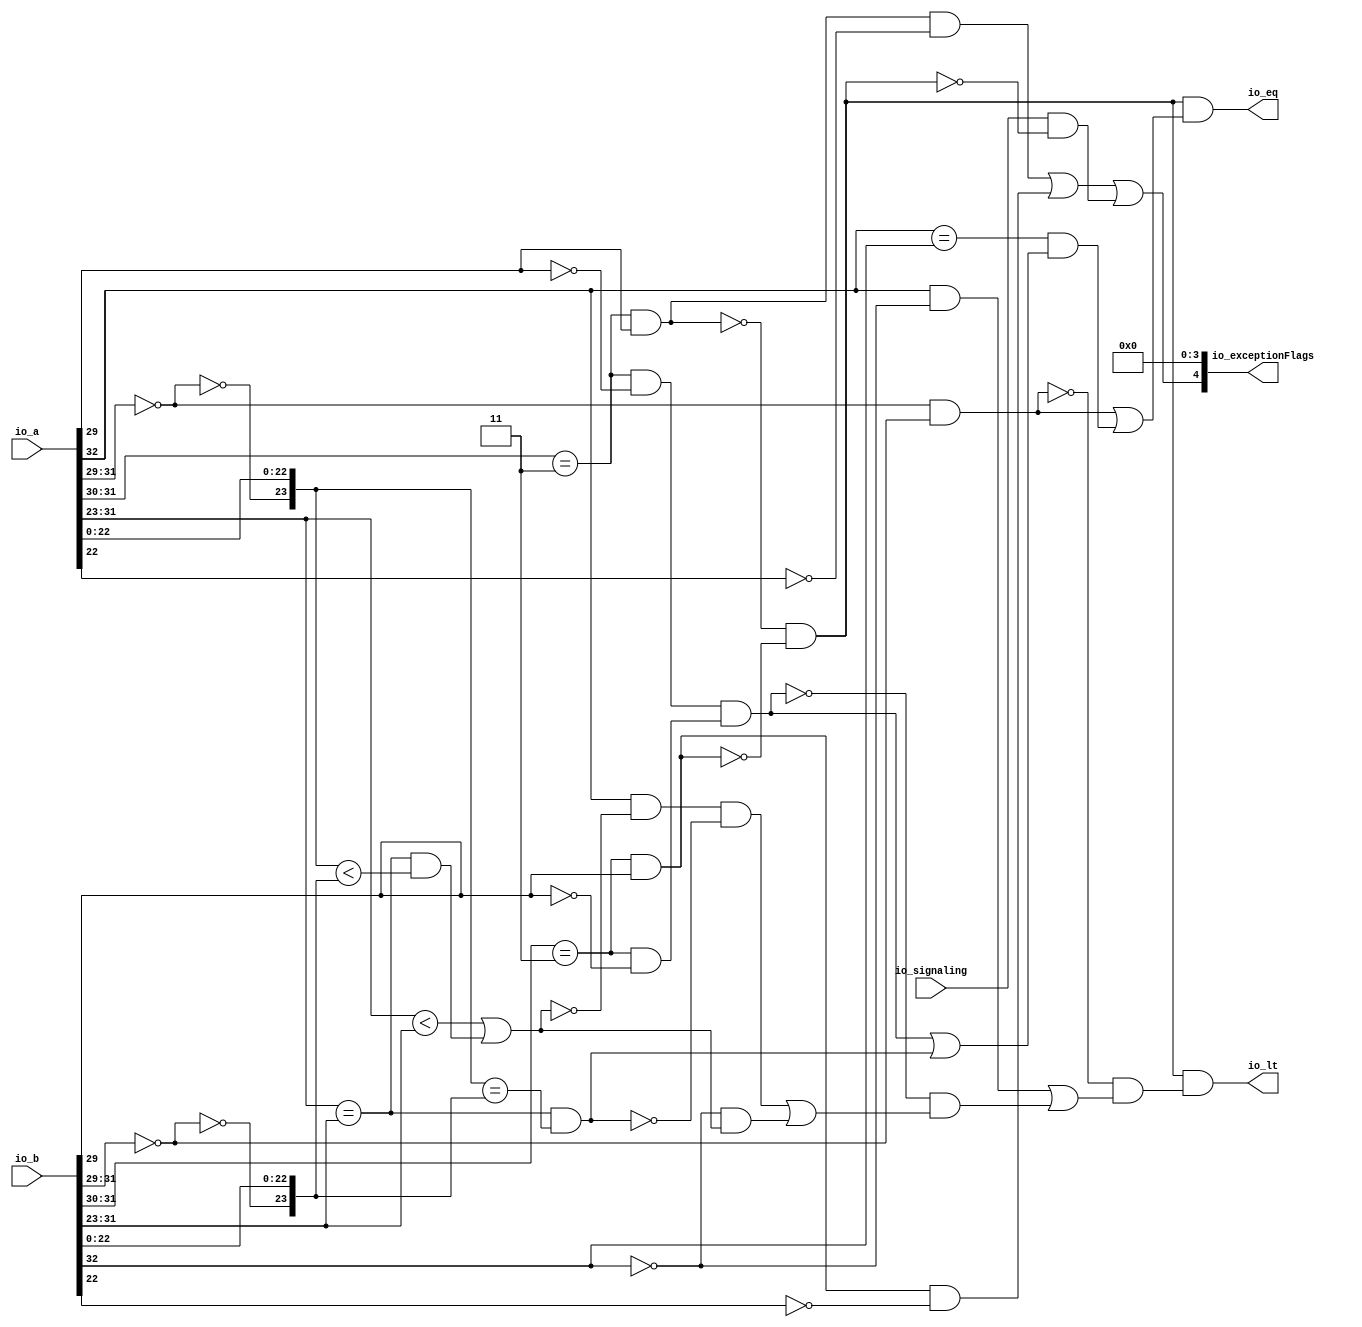
// Copyright (c) 2019, Microchip Corporation
// All rights reserved.
//
// Redistribution and use in source and binary forms, with or without
// modification, are permitted provided that the following conditions are met:
//     * Redistributions of source code must retain the above copyright
//       notice, this list of conditions and the following disclaimer.
//     * Redistributions in binary form must reproduce the above copyright
//       notice, this list of conditions and the following disclaimer in the
//       documentation and/or other materials provided with the distribution.
//     * Neither the name of the <organization> nor the
//       names of its contributors may be used to endorse or promote products
//       derived from this software without specific prior written permission.
//
// THIS SOFTWARE IS PROVIDED BY THE COPYRIGHT HOLDERS AND CONTRIBUTORS "AS IS" AND
// ANY EXPRESS OR IMPLIED WARRANTIES, INCLUDING, BUT NOT LIMITED TO, THE IMPLIED
// WARRANTIES OF MERCHANTABILITY AND FITNESS FOR A PARTICULAR PURPOSE ARE
// DISCLAIMED. IN NO EVENT SHALL MICROSEMI CORPORATIONM BE LIABLE FOR ANY
// DIRECT, INDIRECT, INCIDENTAL, SPECIAL, EXEMPLARY, OR CONSEQUENTIAL DAMAGES
// (INCLUDING, BUT NOT LIMITED TO, PROCUREMENT OF SUBSTITUTE GOODS OR SERVICES;
// LOSS OF USE, DATA, OR PROFITS; OR BUSINESS INTERRUPTION) HOWEVER CAUSED AND
// ON ANY THEORY OF LIABILITY, WHETHER IN CONTRACT, STRICT LIABILITY, OR TORT
// (INCLUDING NEGLIGENCE OR OTHERWISE) ARISING IN ANY WAY OUT OF THE USE OF THIS
// SOFTWARE, EVEN IF ADVISED OF THE POSSIBILITY OF SUCH DAMAGE.
//
// APACHE LICENSE
// Copyright (c) 2019, Microchip Corporation 
//
// Licensed under the Apache License, Version 2.0 (the "License");
// you may not use this file except in compliance with the License.
// You may obtain a copy of the License at
//
//    http://www.apache.org/licenses/LICENSE-2.0
//
// Unless required by applicable law or agreed to in writing, software
// distributed under the License is distributed on an "AS IS" BASIS,
// WITHOUT WARRANTIES OR CONDITIONS OF ANY KIND, either express or implied.
// See the License for the specific language governing permissions and
// limitations under the License.
//
// Description:
//
// SVN Revision Information:
// SVN $Revision: $
// SVN $Date: $
//
// Resolved SARs
// SAR      Date     Who   Description
//
// Notes:
//
// ****************************************************************************/
`ifndef RANDOMIZE_REG_INIT 
	 `define RANDOMIZE_REG_INIT 
 `endif
`ifndef RANDOMIZE_MEM_INIT 
	 `define RANDOMIZE_MEM_INIT 
 `endif
`ifndef RANDOMIZE 
	 `define RANDOMIZE 
`endif

`timescale 1ns/10ps
module MIV_RV32IMAF_L1_AHB_C0_MIV_RV32IMAF_L1_AHB_C0_0_MIV_RV32IMAF_L1_AHB_COMPARE_REC_FN( // @[:freechips.rocketchip.system.MivRV32ImafL1AhbConfig.fir@107961.2]
  input  [32:0] io_a, // @[:freechips.rocketchip.system.MivRV32ImafL1AhbConfig.fir@107964.4]
  input  [32:0] io_b, // @[:freechips.rocketchip.system.MivRV32ImafL1AhbConfig.fir@107964.4]
  input         io_signaling, // @[:freechips.rocketchip.system.MivRV32ImafL1AhbConfig.fir@107964.4]
  output        io_lt, // @[:freechips.rocketchip.system.MivRV32ImafL1AhbConfig.fir@107964.4]
  output        io_eq, // @[:freechips.rocketchip.system.MivRV32ImafL1AhbConfig.fir@107964.4]
  output [4:0]  io_exceptionFlags // @[:freechips.rocketchip.system.MivRV32ImafL1AhbConfig.fir@107964.4]
);
  wire [8:0] _T_9; // @[rawFloatFromRecFN.scala 50:21:freechips.rocketchip.system.MivRV32ImafL1AhbConfig.fir@107969.4]
  wire [2:0] _T_10; // @[rawFloatFromRecFN.scala 51:29:freechips.rocketchip.system.MivRV32ImafL1AhbConfig.fir@107970.4]
  wire  rawA_isZero; // @[rawFloatFromRecFN.scala 51:54:freechips.rocketchip.system.MivRV32ImafL1AhbConfig.fir@107971.4]
  wire [1:0] _T_13; // @[rawFloatFromRecFN.scala 52:29:freechips.rocketchip.system.MivRV32ImafL1AhbConfig.fir@107972.4]
  wire  _T_15; // @[rawFloatFromRecFN.scala 52:54:freechips.rocketchip.system.MivRV32ImafL1AhbConfig.fir@107973.4]
  wire  _T_17; // @[rawFloatFromRecFN.scala 55:41:freechips.rocketchip.system.MivRV32ImafL1AhbConfig.fir@107976.4]
  wire  rawA_isNaN; // @[rawFloatFromRecFN.scala 55:33:freechips.rocketchip.system.MivRV32ImafL1AhbConfig.fir@107977.4]
  wire  _T_21; // @[rawFloatFromRecFN.scala 56:36:freechips.rocketchip.system.MivRV32ImafL1AhbConfig.fir@107980.4]
  wire  rawA_isInf; // @[rawFloatFromRecFN.scala 56:33:freechips.rocketchip.system.MivRV32ImafL1AhbConfig.fir@107981.4]
  wire  rawA_sign; // @[rawFloatFromRecFN.scala 58:25:freechips.rocketchip.system.MivRV32ImafL1AhbConfig.fir@107984.4]
  wire [9:0] rawA_sExp; // @[rawFloatFromRecFN.scala 59:27:freechips.rocketchip.system.MivRV32ImafL1AhbConfig.fir@107986.4]
  wire  _T_27; // @[rawFloatFromRecFN.scala 60:39:freechips.rocketchip.system.MivRV32ImafL1AhbConfig.fir@107988.4]
  wire [22:0] _T_28; // @[rawFloatFromRecFN.scala 60:51:freechips.rocketchip.system.MivRV32ImafL1AhbConfig.fir@107989.4]
  wire [1:0] _T_29; // @[Cat.scala 30:58:freechips.rocketchip.system.MivRV32ImafL1AhbConfig.fir@107990.4]
  wire [24:0] rawA_sig; // @[Cat.scala 30:58:freechips.rocketchip.system.MivRV32ImafL1AhbConfig.fir@107991.4]
  wire [8:0] _T_31; // @[rawFloatFromRecFN.scala 50:21:freechips.rocketchip.system.MivRV32ImafL1AhbConfig.fir@107993.4]
  wire [2:0] _T_32; // @[rawFloatFromRecFN.scala 51:29:freechips.rocketchip.system.MivRV32ImafL1AhbConfig.fir@107994.4]
  wire  rawB_isZero; // @[rawFloatFromRecFN.scala 51:54:freechips.rocketchip.system.MivRV32ImafL1AhbConfig.fir@107995.4]
  wire [1:0] _T_35; // @[rawFloatFromRecFN.scala 52:29:freechips.rocketchip.system.MivRV32ImafL1AhbConfig.fir@107996.4]
  wire  _T_37; // @[rawFloatFromRecFN.scala 52:54:freechips.rocketchip.system.MivRV32ImafL1AhbConfig.fir@107997.4]
  wire  _T_39; // @[rawFloatFromRecFN.scala 55:41:freechips.rocketchip.system.MivRV32ImafL1AhbConfig.fir@108000.4]
  wire  rawB_isNaN; // @[rawFloatFromRecFN.scala 55:33:freechips.rocketchip.system.MivRV32ImafL1AhbConfig.fir@108001.4]
  wire  _T_43; // @[rawFloatFromRecFN.scala 56:36:freechips.rocketchip.system.MivRV32ImafL1AhbConfig.fir@108004.4]
  wire  rawB_isInf; // @[rawFloatFromRecFN.scala 56:33:freechips.rocketchip.system.MivRV32ImafL1AhbConfig.fir@108005.4]
  wire  rawB_sign; // @[rawFloatFromRecFN.scala 58:25:freechips.rocketchip.system.MivRV32ImafL1AhbConfig.fir@108008.4]
  wire [9:0] rawB_sExp; // @[rawFloatFromRecFN.scala 59:27:freechips.rocketchip.system.MivRV32ImafL1AhbConfig.fir@108010.4]
  wire  _T_49; // @[rawFloatFromRecFN.scala 60:39:freechips.rocketchip.system.MivRV32ImafL1AhbConfig.fir@108012.4]
  wire [22:0] _T_50; // @[rawFloatFromRecFN.scala 60:51:freechips.rocketchip.system.MivRV32ImafL1AhbConfig.fir@108013.4]
  wire [1:0] _T_51; // @[Cat.scala 30:58:freechips.rocketchip.system.MivRV32ImafL1AhbConfig.fir@108014.4]
  wire [24:0] rawB_sig; // @[Cat.scala 30:58:freechips.rocketchip.system.MivRV32ImafL1AhbConfig.fir@108015.4]
  wire  _T_54; // @[CompareRecFN.scala 57:19:freechips.rocketchip.system.MivRV32ImafL1AhbConfig.fir@108017.4]
  wire  _T_56; // @[CompareRecFN.scala 57:35:freechips.rocketchip.system.MivRV32ImafL1AhbConfig.fir@108018.4]
  wire  ordered; // @[CompareRecFN.scala 57:32:freechips.rocketchip.system.MivRV32ImafL1AhbConfig.fir@108019.4]
  wire  bothInfs; // @[CompareRecFN.scala 58:33:freechips.rocketchip.system.MivRV32ImafL1AhbConfig.fir@108020.4]
  wire  bothZeros; // @[CompareRecFN.scala 59:33:freechips.rocketchip.system.MivRV32ImafL1AhbConfig.fir@108021.4]
  wire  eqExps; // @[CompareRecFN.scala 60:29:freechips.rocketchip.system.MivRV32ImafL1AhbConfig.fir@108022.4]
  wire  _T_57; // @[CompareRecFN.scala 62:20:freechips.rocketchip.system.MivRV32ImafL1AhbConfig.fir@108023.4]
  wire  _T_58; // @[CompareRecFN.scala 62:57:freechips.rocketchip.system.MivRV32ImafL1AhbConfig.fir@108024.4]
  wire  _T_59; // @[CompareRecFN.scala 62:44:freechips.rocketchip.system.MivRV32ImafL1AhbConfig.fir@108025.4]
  wire  common_ltMags; // @[CompareRecFN.scala 62:33:freechips.rocketchip.system.MivRV32ImafL1AhbConfig.fir@108026.4]
  wire  _T_60; // @[CompareRecFN.scala 63:45:freechips.rocketchip.system.MivRV32ImafL1AhbConfig.fir@108027.4]
  wire  common_eqMags; // @[CompareRecFN.scala 63:32:freechips.rocketchip.system.MivRV32ImafL1AhbConfig.fir@108028.4]
  wire  _T_62; // @[CompareRecFN.scala 66:9:freechips.rocketchip.system.MivRV32ImafL1AhbConfig.fir@108029.4]
  wire  _T_64; // @[CompareRecFN.scala 67:28:freechips.rocketchip.system.MivRV32ImafL1AhbConfig.fir@108030.4]
  wire  _T_65; // @[CompareRecFN.scala 67:25:freechips.rocketchip.system.MivRV32ImafL1AhbConfig.fir@108031.4]
  wire  _T_67; // @[CompareRecFN.scala 68:19:freechips.rocketchip.system.MivRV32ImafL1AhbConfig.fir@108032.4]
  wire  _T_69; // @[CompareRecFN.scala 69:38:freechips.rocketchip.system.MivRV32ImafL1AhbConfig.fir@108033.4]
  wire  _T_70; // @[CompareRecFN.scala 69:35:freechips.rocketchip.system.MivRV32ImafL1AhbConfig.fir@108034.4]
  wire  _T_72; // @[CompareRecFN.scala 69:57:freechips.rocketchip.system.MivRV32ImafL1AhbConfig.fir@108035.4]
  wire  _T_73; // @[CompareRecFN.scala 69:54:freechips.rocketchip.system.MivRV32ImafL1AhbConfig.fir@108036.4]
  wire  _T_76; // @[CompareRecFN.scala 70:41:freechips.rocketchip.system.MivRV32ImafL1AhbConfig.fir@108038.4]
  wire  _T_77; // @[CompareRecFN.scala 69:74:freechips.rocketchip.system.MivRV32ImafL1AhbConfig.fir@108039.4]
  wire  _T_78; // @[CompareRecFN.scala 68:30:freechips.rocketchip.system.MivRV32ImafL1AhbConfig.fir@108040.4]
  wire  _T_79; // @[CompareRecFN.scala 67:41:freechips.rocketchip.system.MivRV32ImafL1AhbConfig.fir@108041.4]
  wire  ordered_lt; // @[CompareRecFN.scala 66:21:freechips.rocketchip.system.MivRV32ImafL1AhbConfig.fir@108042.4]
  wire  _T_80; // @[CompareRecFN.scala 72:34:freechips.rocketchip.system.MivRV32ImafL1AhbConfig.fir@108043.4]
  wire  _T_81; // @[CompareRecFN.scala 72:62:freechips.rocketchip.system.MivRV32ImafL1AhbConfig.fir@108044.4]
  wire  _T_82; // @[CompareRecFN.scala 72:49:freechips.rocketchip.system.MivRV32ImafL1AhbConfig.fir@108045.4]
  wire  ordered_eq; // @[CompareRecFN.scala 72:19:freechips.rocketchip.system.MivRV32ImafL1AhbConfig.fir@108046.4]
  wire  _T_83; // @[common.scala 81:57:freechips.rocketchip.system.MivRV32ImafL1AhbConfig.fir@108047.4]
  wire  _T_85; // @[common.scala 81:49:freechips.rocketchip.system.MivRV32ImafL1AhbConfig.fir@108048.4]
  wire  _T_86; // @[common.scala 81:46:freechips.rocketchip.system.MivRV32ImafL1AhbConfig.fir@108049.4]
  wire  _T_87; // @[common.scala 81:57:freechips.rocketchip.system.MivRV32ImafL1AhbConfig.fir@108050.4]
  wire  _T_89; // @[common.scala 81:49:freechips.rocketchip.system.MivRV32ImafL1AhbConfig.fir@108051.4]
  wire  _T_90; // @[common.scala 81:46:freechips.rocketchip.system.MivRV32ImafL1AhbConfig.fir@108052.4]
  wire  _T_91; // @[CompareRecFN.scala 75:32:freechips.rocketchip.system.MivRV32ImafL1AhbConfig.fir@108053.4]
  wire  _T_93; // @[CompareRecFN.scala 76:30:freechips.rocketchip.system.MivRV32ImafL1AhbConfig.fir@108054.4]
  wire  _T_94; // @[CompareRecFN.scala 76:27:freechips.rocketchip.system.MivRV32ImafL1AhbConfig.fir@108055.4]
  wire  invalid; // @[CompareRecFN.scala 75:58:freechips.rocketchip.system.MivRV32ImafL1AhbConfig.fir@108056.4]
  wire  _T_95; // @[CompareRecFN.scala 78:22:freechips.rocketchip.system.MivRV32ImafL1AhbConfig.fir@108057.4]
  wire  _T_96; // @[CompareRecFN.scala 79:22:freechips.rocketchip.system.MivRV32ImafL1AhbConfig.fir@108059.4]
  wire [4:0] _T_104; // @[Cat.scala 30:58:freechips.rocketchip.system.MivRV32ImafL1AhbConfig.fir@108066.4]
  assign _T_9 = io_a[31:23]; // @[rawFloatFromRecFN.scala 50:21:freechips.rocketchip.system.MivRV32ImafL1AhbConfig.fir@107969.4]
  assign _T_10 = _T_9[8:6]; // @[rawFloatFromRecFN.scala 51:29:freechips.rocketchip.system.MivRV32ImafL1AhbConfig.fir@107970.4]
  assign rawA_isZero = _T_10 == 3'h0; // @[rawFloatFromRecFN.scala 51:54:freechips.rocketchip.system.MivRV32ImafL1AhbConfig.fir@107971.4]
  assign _T_13 = _T_9[8:7]; // @[rawFloatFromRecFN.scala 52:29:freechips.rocketchip.system.MivRV32ImafL1AhbConfig.fir@107972.4]
  assign _T_15 = _T_13 == 2'h3; // @[rawFloatFromRecFN.scala 52:54:freechips.rocketchip.system.MivRV32ImafL1AhbConfig.fir@107973.4]
  assign _T_17 = _T_9[6]; // @[rawFloatFromRecFN.scala 55:41:freechips.rocketchip.system.MivRV32ImafL1AhbConfig.fir@107976.4]
  assign rawA_isNaN = _T_15 & _T_17; // @[rawFloatFromRecFN.scala 55:33:freechips.rocketchip.system.MivRV32ImafL1AhbConfig.fir@107977.4]
  assign _T_21 = _T_17 == 1'h0; // @[rawFloatFromRecFN.scala 56:36:freechips.rocketchip.system.MivRV32ImafL1AhbConfig.fir@107980.4]
  assign rawA_isInf = _T_15 & _T_21; // @[rawFloatFromRecFN.scala 56:33:freechips.rocketchip.system.MivRV32ImafL1AhbConfig.fir@107981.4]
  assign rawA_sign = io_a[32]; // @[rawFloatFromRecFN.scala 58:25:freechips.rocketchip.system.MivRV32ImafL1AhbConfig.fir@107984.4]
  assign rawA_sExp = {1'b0,$signed(_T_9)}; // @[rawFloatFromRecFN.scala 59:27:freechips.rocketchip.system.MivRV32ImafL1AhbConfig.fir@107986.4]
  assign _T_27 = rawA_isZero == 1'h0; // @[rawFloatFromRecFN.scala 60:39:freechips.rocketchip.system.MivRV32ImafL1AhbConfig.fir@107988.4]
  assign _T_28 = io_a[22:0]; // @[rawFloatFromRecFN.scala 60:51:freechips.rocketchip.system.MivRV32ImafL1AhbConfig.fir@107989.4]
  assign _T_29 = {1'h0,_T_27}; // @[Cat.scala 30:58:freechips.rocketchip.system.MivRV32ImafL1AhbConfig.fir@107990.4]
  assign rawA_sig = {_T_29,_T_28}; // @[Cat.scala 30:58:freechips.rocketchip.system.MivRV32ImafL1AhbConfig.fir@107991.4]
  assign _T_31 = io_b[31:23]; // @[rawFloatFromRecFN.scala 50:21:freechips.rocketchip.system.MivRV32ImafL1AhbConfig.fir@107993.4]
  assign _T_32 = _T_31[8:6]; // @[rawFloatFromRecFN.scala 51:29:freechips.rocketchip.system.MivRV32ImafL1AhbConfig.fir@107994.4]
  assign rawB_isZero = _T_32 == 3'h0; // @[rawFloatFromRecFN.scala 51:54:freechips.rocketchip.system.MivRV32ImafL1AhbConfig.fir@107995.4]
  assign _T_35 = _T_31[8:7]; // @[rawFloatFromRecFN.scala 52:29:freechips.rocketchip.system.MivRV32ImafL1AhbConfig.fir@107996.4]
  assign _T_37 = _T_35 == 2'h3; // @[rawFloatFromRecFN.scala 52:54:freechips.rocketchip.system.MivRV32ImafL1AhbConfig.fir@107997.4]
  assign _T_39 = _T_31[6]; // @[rawFloatFromRecFN.scala 55:41:freechips.rocketchip.system.MivRV32ImafL1AhbConfig.fir@108000.4]
  assign rawB_isNaN = _T_37 & _T_39; // @[rawFloatFromRecFN.scala 55:33:freechips.rocketchip.system.MivRV32ImafL1AhbConfig.fir@108001.4]
  assign _T_43 = _T_39 == 1'h0; // @[rawFloatFromRecFN.scala 56:36:freechips.rocketchip.system.MivRV32ImafL1AhbConfig.fir@108004.4]
  assign rawB_isInf = _T_37 & _T_43; // @[rawFloatFromRecFN.scala 56:33:freechips.rocketchip.system.MivRV32ImafL1AhbConfig.fir@108005.4]
  assign rawB_sign = io_b[32]; // @[rawFloatFromRecFN.scala 58:25:freechips.rocketchip.system.MivRV32ImafL1AhbConfig.fir@108008.4]
  assign rawB_sExp = {1'b0,$signed(_T_31)}; // @[rawFloatFromRecFN.scala 59:27:freechips.rocketchip.system.MivRV32ImafL1AhbConfig.fir@108010.4]
  assign _T_49 = rawB_isZero == 1'h0; // @[rawFloatFromRecFN.scala 60:39:freechips.rocketchip.system.MivRV32ImafL1AhbConfig.fir@108012.4]
  assign _T_50 = io_b[22:0]; // @[rawFloatFromRecFN.scala 60:51:freechips.rocketchip.system.MivRV32ImafL1AhbConfig.fir@108013.4]
  assign _T_51 = {1'h0,_T_49}; // @[Cat.scala 30:58:freechips.rocketchip.system.MivRV32ImafL1AhbConfig.fir@108014.4]
  assign rawB_sig = {_T_51,_T_50}; // @[Cat.scala 30:58:freechips.rocketchip.system.MivRV32ImafL1AhbConfig.fir@108015.4]
  assign _T_54 = rawA_isNaN == 1'h0; // @[CompareRecFN.scala 57:19:freechips.rocketchip.system.MivRV32ImafL1AhbConfig.fir@108017.4]
  assign _T_56 = rawB_isNaN == 1'h0; // @[CompareRecFN.scala 57:35:freechips.rocketchip.system.MivRV32ImafL1AhbConfig.fir@108018.4]
  assign ordered = _T_54 & _T_56; // @[CompareRecFN.scala 57:32:freechips.rocketchip.system.MivRV32ImafL1AhbConfig.fir@108019.4]
  assign bothInfs = rawA_isInf & rawB_isInf; // @[CompareRecFN.scala 58:33:freechips.rocketchip.system.MivRV32ImafL1AhbConfig.fir@108020.4]
  assign bothZeros = rawA_isZero & rawB_isZero; // @[CompareRecFN.scala 59:33:freechips.rocketchip.system.MivRV32ImafL1AhbConfig.fir@108021.4]
  assign eqExps = $signed(rawA_sExp) == $signed(rawB_sExp); // @[CompareRecFN.scala 60:29:freechips.rocketchip.system.MivRV32ImafL1AhbConfig.fir@108022.4]
  assign _T_57 = $signed(rawA_sExp) < $signed(rawB_sExp); // @[CompareRecFN.scala 62:20:freechips.rocketchip.system.MivRV32ImafL1AhbConfig.fir@108023.4]
  assign _T_58 = rawA_sig < rawB_sig; // @[CompareRecFN.scala 62:57:freechips.rocketchip.system.MivRV32ImafL1AhbConfig.fir@108024.4]
  assign _T_59 = eqExps & _T_58; // @[CompareRecFN.scala 62:44:freechips.rocketchip.system.MivRV32ImafL1AhbConfig.fir@108025.4]
  assign common_ltMags = _T_57 | _T_59; // @[CompareRecFN.scala 62:33:freechips.rocketchip.system.MivRV32ImafL1AhbConfig.fir@108026.4]
  assign _T_60 = rawA_sig == rawB_sig; // @[CompareRecFN.scala 63:45:freechips.rocketchip.system.MivRV32ImafL1AhbConfig.fir@108027.4]
  assign common_eqMags = eqExps & _T_60; // @[CompareRecFN.scala 63:32:freechips.rocketchip.system.MivRV32ImafL1AhbConfig.fir@108028.4]
  assign _T_62 = bothZeros == 1'h0; // @[CompareRecFN.scala 66:9:freechips.rocketchip.system.MivRV32ImafL1AhbConfig.fir@108029.4]
  assign _T_64 = rawB_sign == 1'h0; // @[CompareRecFN.scala 67:28:freechips.rocketchip.system.MivRV32ImafL1AhbConfig.fir@108030.4]
  assign _T_65 = rawA_sign & _T_64; // @[CompareRecFN.scala 67:25:freechips.rocketchip.system.MivRV32ImafL1AhbConfig.fir@108031.4]
  assign _T_67 = bothInfs == 1'h0; // @[CompareRecFN.scala 68:19:freechips.rocketchip.system.MivRV32ImafL1AhbConfig.fir@108032.4]
  assign _T_69 = common_ltMags == 1'h0; // @[CompareRecFN.scala 69:38:freechips.rocketchip.system.MivRV32ImafL1AhbConfig.fir@108033.4]
  assign _T_70 = rawA_sign & _T_69; // @[CompareRecFN.scala 69:35:freechips.rocketchip.system.MivRV32ImafL1AhbConfig.fir@108034.4]
  assign _T_72 = common_eqMags == 1'h0; // @[CompareRecFN.scala 69:57:freechips.rocketchip.system.MivRV32ImafL1AhbConfig.fir@108035.4]
  assign _T_73 = _T_70 & _T_72; // @[CompareRecFN.scala 69:54:freechips.rocketchip.system.MivRV32ImafL1AhbConfig.fir@108036.4]
  assign _T_76 = _T_64 & common_ltMags; // @[CompareRecFN.scala 70:41:freechips.rocketchip.system.MivRV32ImafL1AhbConfig.fir@108038.4]
  assign _T_77 = _T_73 | _T_76; // @[CompareRecFN.scala 69:74:freechips.rocketchip.system.MivRV32ImafL1AhbConfig.fir@108039.4]
  assign _T_78 = _T_67 & _T_77; // @[CompareRecFN.scala 68:30:freechips.rocketchip.system.MivRV32ImafL1AhbConfig.fir@108040.4]
  assign _T_79 = _T_65 | _T_78; // @[CompareRecFN.scala 67:41:freechips.rocketchip.system.MivRV32ImafL1AhbConfig.fir@108041.4]
  assign ordered_lt = _T_62 & _T_79; // @[CompareRecFN.scala 66:21:freechips.rocketchip.system.MivRV32ImafL1AhbConfig.fir@108042.4]
  assign _T_80 = rawA_sign == rawB_sign; // @[CompareRecFN.scala 72:34:freechips.rocketchip.system.MivRV32ImafL1AhbConfig.fir@108043.4]
  assign _T_81 = bothInfs | common_eqMags; // @[CompareRecFN.scala 72:62:freechips.rocketchip.system.MivRV32ImafL1AhbConfig.fir@108044.4]
  assign _T_82 = _T_80 & _T_81; // @[CompareRecFN.scala 72:49:freechips.rocketchip.system.MivRV32ImafL1AhbConfig.fir@108045.4]
  assign ordered_eq = bothZeros | _T_82; // @[CompareRecFN.scala 72:19:freechips.rocketchip.system.MivRV32ImafL1AhbConfig.fir@108046.4]
  assign _T_83 = rawA_sig[22]; // @[common.scala 81:57:freechips.rocketchip.system.MivRV32ImafL1AhbConfig.fir@108047.4]
  assign _T_85 = _T_83 == 1'h0; // @[common.scala 81:49:freechips.rocketchip.system.MivRV32ImafL1AhbConfig.fir@108048.4]
  assign _T_86 = rawA_isNaN & _T_85; // @[common.scala 81:46:freechips.rocketchip.system.MivRV32ImafL1AhbConfig.fir@108049.4]
  assign _T_87 = rawB_sig[22]; // @[common.scala 81:57:freechips.rocketchip.system.MivRV32ImafL1AhbConfig.fir@108050.4]
  assign _T_89 = _T_87 == 1'h0; // @[common.scala 81:49:freechips.rocketchip.system.MivRV32ImafL1AhbConfig.fir@108051.4]
  assign _T_90 = rawB_isNaN & _T_89; // @[common.scala 81:46:freechips.rocketchip.system.MivRV32ImafL1AhbConfig.fir@108052.4]
  assign _T_91 = _T_86 | _T_90; // @[CompareRecFN.scala 75:32:freechips.rocketchip.system.MivRV32ImafL1AhbConfig.fir@108053.4]
  assign _T_93 = ordered == 1'h0; // @[CompareRecFN.scala 76:30:freechips.rocketchip.system.MivRV32ImafL1AhbConfig.fir@108054.4]
  assign _T_94 = io_signaling & _T_93; // @[CompareRecFN.scala 76:27:freechips.rocketchip.system.MivRV32ImafL1AhbConfig.fir@108055.4]
  assign invalid = _T_91 | _T_94; // @[CompareRecFN.scala 75:58:freechips.rocketchip.system.MivRV32ImafL1AhbConfig.fir@108056.4]
  assign _T_95 = ordered & ordered_lt; // @[CompareRecFN.scala 78:22:freechips.rocketchip.system.MivRV32ImafL1AhbConfig.fir@108057.4]
  assign _T_96 = ordered & ordered_eq; // @[CompareRecFN.scala 79:22:freechips.rocketchip.system.MivRV32ImafL1AhbConfig.fir@108059.4]
  assign _T_104 = {invalid,4'h0}; // @[Cat.scala 30:58:freechips.rocketchip.system.MivRV32ImafL1AhbConfig.fir@108066.4]
  assign io_lt = _T_95;
  assign io_eq = _T_96;
  assign io_exceptionFlags = _T_104;
endmodule